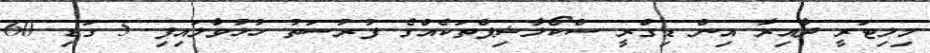
މިލިޓަރީ ދާއިރާ އިން ޑިގްރީ ސްކޯލާޝިޕްތަކެއްގެ ފުރުސަތު ހުޅުވާލައިފި 5 ގަޑި 60